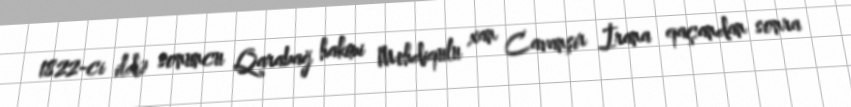
1822-ci ildə sonuncu Qarabağ hakimi Mehdiqulu xan Cavanşir İrana qaçandan sonra